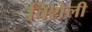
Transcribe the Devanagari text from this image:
विशेली